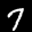
Label: 7